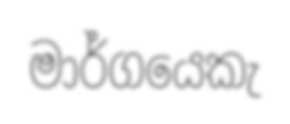
මාර්ගයෙකැ